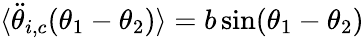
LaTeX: \langle\ddot{\theta}_{i,c}(\theta_{1}-\theta_{2})\rangle=b\sin(\theta_{1}-\theta_{2})